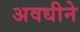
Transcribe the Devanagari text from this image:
अवधीने